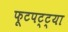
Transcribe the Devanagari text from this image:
फूटपट्ट्या